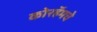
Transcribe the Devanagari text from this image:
कोरहॅमचे